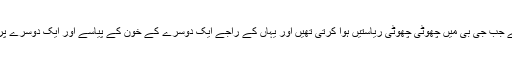
یہ اس وقت کی بات ہے جب جی بی میں چھوٹی چھوٹی ریاستیں ہوا کرتی تھیں اور یہاں کے راجے ایک دوسرے کے خون کے پیاسے اور ایک دوسرے پر حملہ آور ہوتے تھے۔